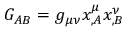
G _ { A B } = g _ { \mu \nu } x _ { , A } ^ { \mu } x _ { , B } ^ { \nu }